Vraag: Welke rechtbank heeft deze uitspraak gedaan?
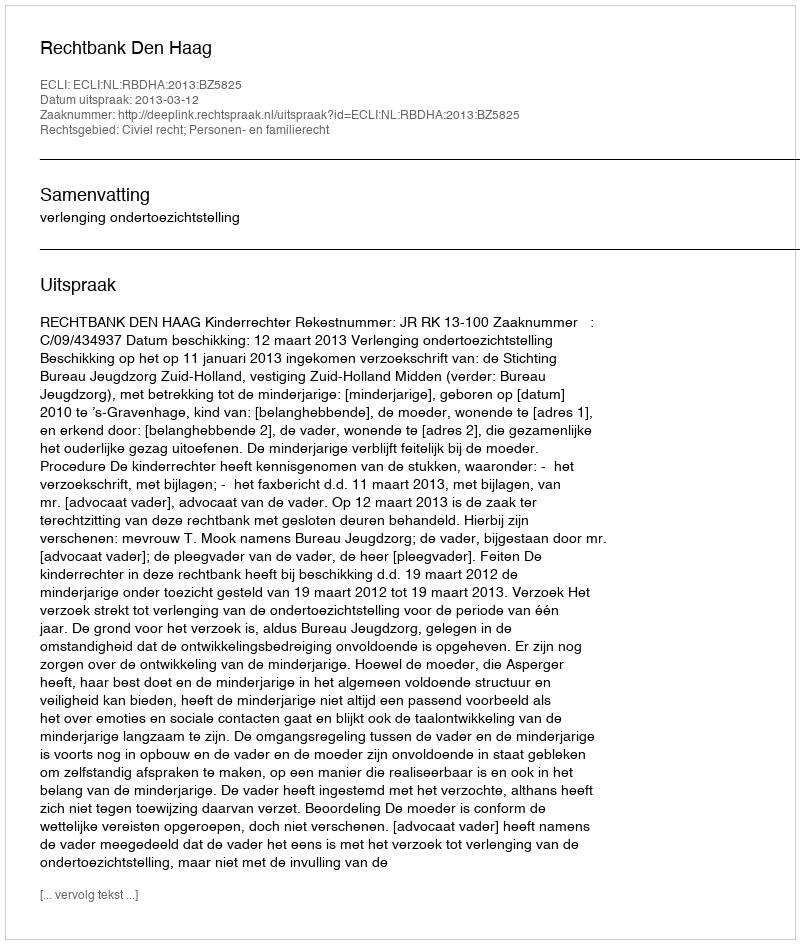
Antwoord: Rechtbank Den Haag